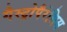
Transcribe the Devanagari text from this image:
गैस्ट्रोपैरेसिस